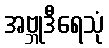
အဗ္ဘုဒီရေသုံ